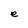
Character: e